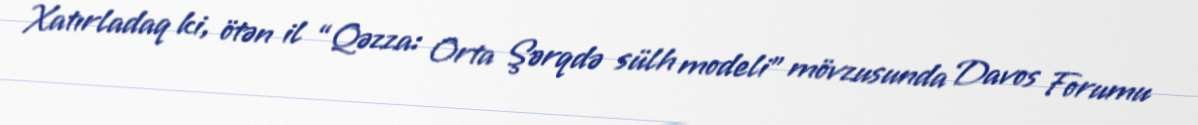
Xatırladaq ki, ötən il “Qəzza: Orta Şərqdə sülh modeli” mövzusunda Davos Forumu